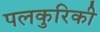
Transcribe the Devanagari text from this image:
पलकुरिकी